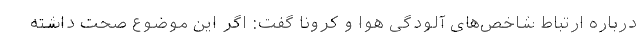
درباره ارتباط شاخص‌های آلودگی هوا و کرونا گفت: اگر این موضوع صحت داشته